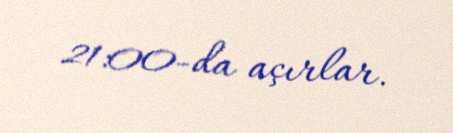
21:00-da açırlar.